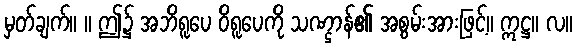
မှတ်ချက်။ ။ ဤ၌ အဘိရူပေ ဝိရူပေကို သဏ္ဌာန်၏ အစွမ်းအားဖြင့်။ ဣဋ္ဌ။ လ။